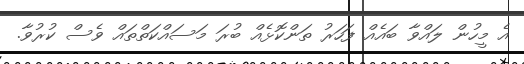
އެ މީހުން ލައްވާ ބައެއް ފަހަރު ތަންކޮޅެއް ބުރަ މަސައްކަތްތައް ވެސް ކުރުވާ.